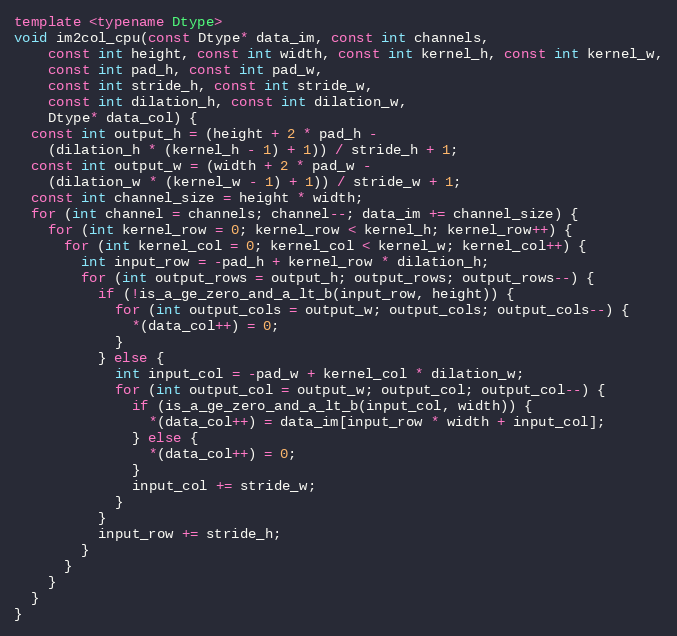
Language: C++
template <typename Dtype>
void im2col_cpu(const Dtype* data_im, const int channels,
    const int height, const int width, const int kernel_h, const int kernel_w,
    const int pad_h, const int pad_w,
    const int stride_h, const int stride_w,
    const int dilation_h, const int dilation_w,
    Dtype* data_col) {
  const int output_h = (height + 2 * pad_h -
    (dilation_h * (kernel_h - 1) + 1)) / stride_h + 1;
  const int output_w = (width + 2 * pad_w -
    (dilation_w * (kernel_w - 1) + 1)) / stride_w + 1;
  const int channel_size = height * width;
  for (int channel = channels; channel--; data_im += channel_size) {
    for (int kernel_row = 0; kernel_row < kernel_h; kernel_row++) {
      for (int kernel_col = 0; kernel_col < kernel_w; kernel_col++) {
        int input_row = -pad_h + kernel_row * dilation_h;
        for (int output_rows = output_h; output_rows; output_rows--) {
          if (!is_a_ge_zero_and_a_lt_b(input_row, height)) {
            for (int output_cols = output_w; output_cols; output_cols--) {
              *(data_col++) = 0;
            }
          } else {
            int input_col = -pad_w + kernel_col * dilation_w;
            for (int output_col = output_w; output_col; output_col--) {
              if (is_a_ge_zero_and_a_lt_b(input_col, width)) {
                *(data_col++) = data_im[input_row * width + input_col];
              } else {
                *(data_col++) = 0;
              }
              input_col += stride_w;
            }
          }
          input_row += stride_h;
        }
      }
    }
  }
}